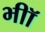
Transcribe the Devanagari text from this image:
भीॉ